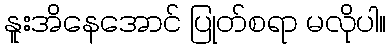
နူးအိနေအောင် ပြုတ်စရာ မလိုပါ။